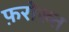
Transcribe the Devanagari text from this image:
फ़रोख़्त